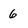
Character: 6